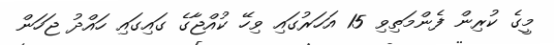
މީގެ ކުރިން ފެންމަތިވި 15 އަހަރުގައި ވިހޭ ކުއްޖާގެ ގައިގައި ހައްދު ޖަހަން